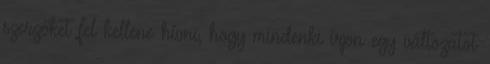
szerzőket fel kellene hívni, hogy mindenki írjon egy változatot